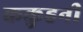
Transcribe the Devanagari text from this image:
ककुहनी